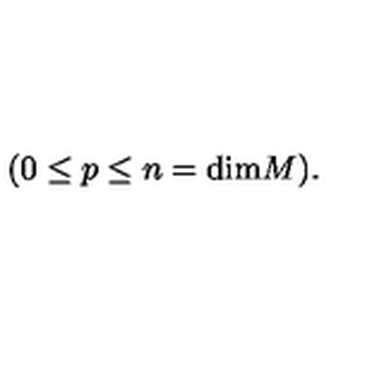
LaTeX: ( 0 \leq p \leq n = \mathrm { d i m } M ) .